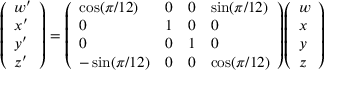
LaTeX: { \left( \begin{array} { l } { w ^ { \prime } } \\ { x ^ { \prime } } \\ { y ^ { \prime } } \\ { z ^ { \prime } } \end{array} \right) } = { \left( \begin{array} { l l l l } { \cos ( \pi / 1 2 ) } & { 0 } & { 0 } & { \sin ( \pi / 1 2 ) } \\ { 0 } & { 1 } & { 0 } & { 0 } \\ { 0 } & { 0 } & { 1 } & { 0 } \\ { - \sin ( \pi / 1 2 ) } & { 0 } & { 0 } & { \cos ( \pi / 1 2 ) } \end{array} \right) } { \left( \begin{array} { l } { w } \\ { x } \\ { y } \\ { z } \end{array} \right) }